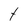
Character: t